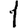
Digit: 1